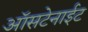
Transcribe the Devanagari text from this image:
ऑसटेनाईट